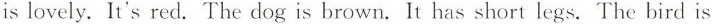
is lovely. It's red. The dog is brown. It has short legs. The bird is